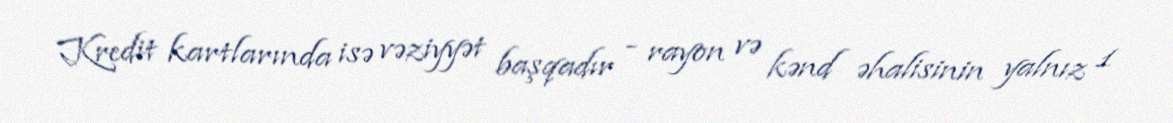
Kredit kartlarında isə vəziyyət başqadır - rayon və kənd əhalisinin yalnız 1